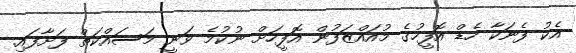
އެކު ފެނަކާ ހެޑް އޮފީހުގެ މުއައްޒަފުން އޮފީހަށް ނުކުމެ ވަނީ މަސައްކަތް ފަށާފައި.